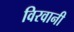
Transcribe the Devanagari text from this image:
विरवानी